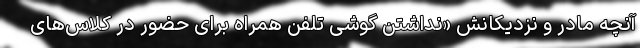
آنچه مادر و نزدیکانش «نداشتن گوشی تلفن همراه برای حضور در کلاس‌های